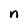
Character: n